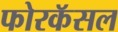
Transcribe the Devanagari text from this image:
फोरकॅसल